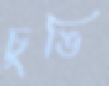
চুঙি